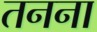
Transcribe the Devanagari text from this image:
तनना